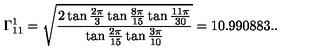
\Gamma _ { 1 1 } ^ { 1 } = \sqrt { \frac { 2 \tan \frac { 2 \pi } { 3 } \tan \frac { 8 \pi } { 1 5 } \tan \frac { 1 1 \pi } { 3 0 } } { \tan \frac { 2 \pi } { 1 5 } \tan \frac { 3 \pi } { 1 0 } } } = 1 0 . 9 9 0 8 8 3 . .